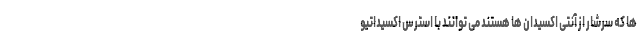
ها که سرشار از آنتی اکسیدان ها هستند می توانند با استرس اکسیداتیو